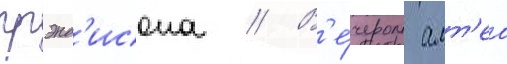
грэнд'исона // В'е́чером алт'еа